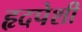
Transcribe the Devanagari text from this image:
हृदपेशी